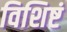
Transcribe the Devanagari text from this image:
विशिष्टं